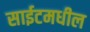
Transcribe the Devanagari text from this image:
साईटमधील